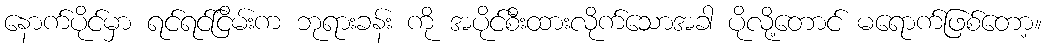
နောက်ပိုင်မှာ ရင်ရင်ငြိမ်းက ဘုရားခန်း ကို အပိုင်စီးထားလိုက်သောအခါ ပိုလို့တောင် မရောက်ဖြစ်တော့။